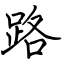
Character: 路